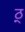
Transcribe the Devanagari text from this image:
ठ्‌